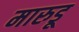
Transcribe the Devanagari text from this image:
मारुडू